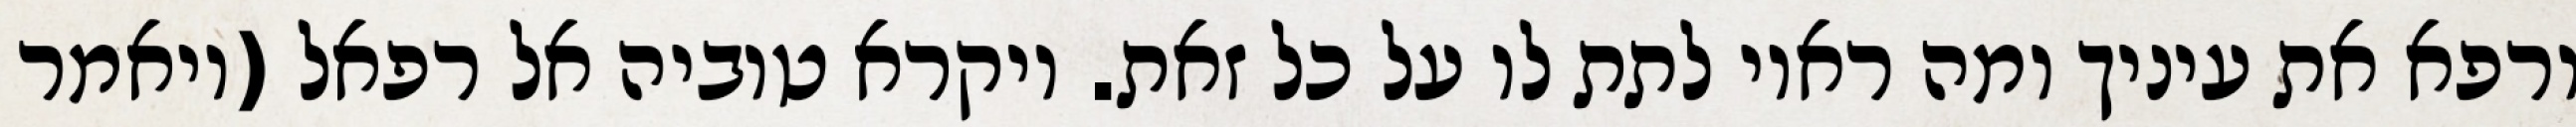
ורפא את עיניך ומה ראוי לתת לו על כל זאת. ויקרא טוביה אל רפאל (ויאמר